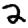
Digit: 2